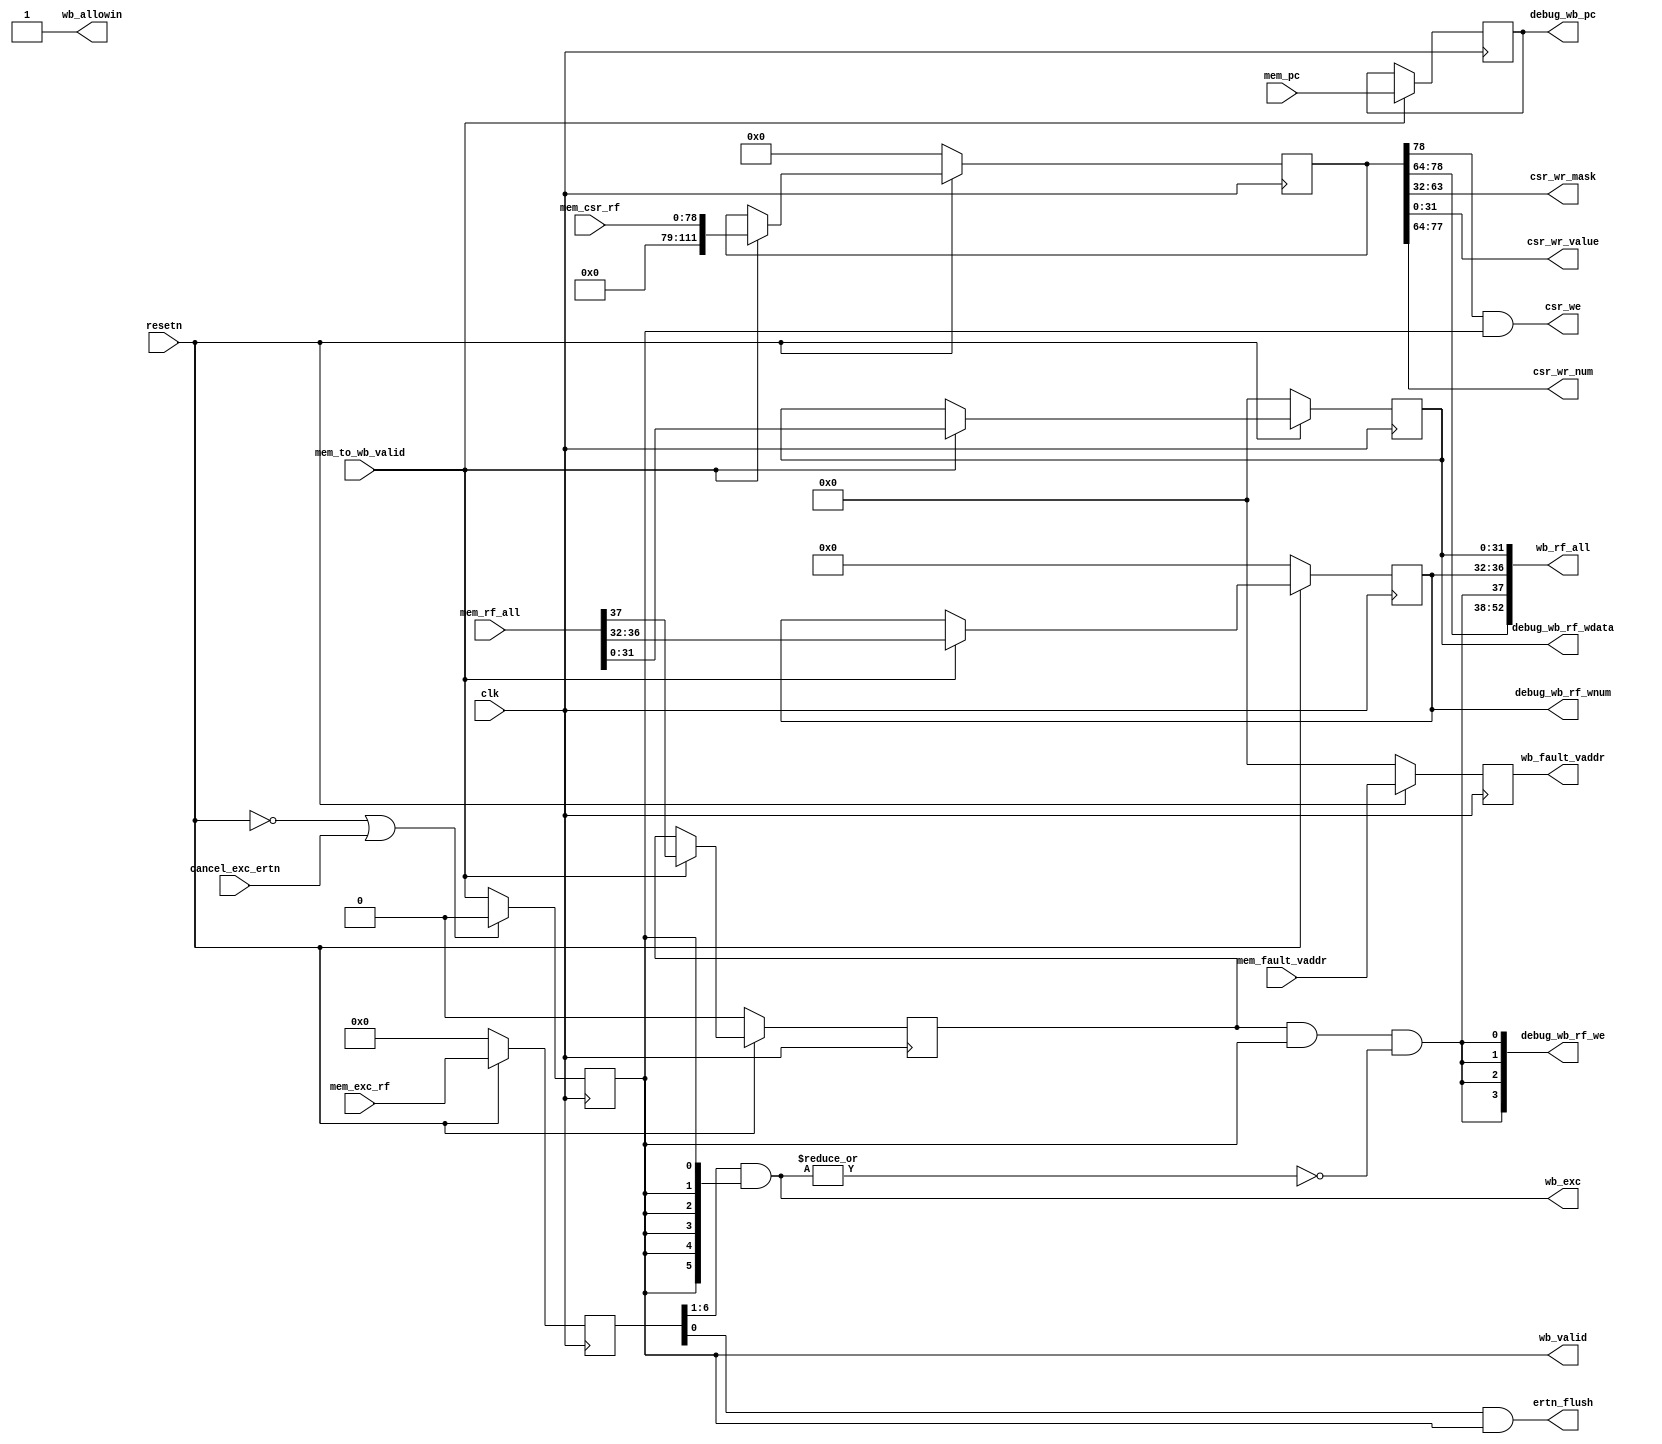
module WBstate(
    input              clk,
    input              resetn,
    output reg         wb_valid,
    // memstate <-> wbstate
    output             wb_allowin,
    input       [52:0] mem_rf_all, // {mem_rf_we, mem_rf_waddr, mem_rf_wdata_reg}
    input              mem_to_wb_valid,
    input       [31:0] mem_pc,    
    // debug info
    output      [31:0] debug_wb_pc,
    output      [ 3:0] debug_wb_rf_we,
    output      [ 4:0] debug_wb_rf_wnum,
    output      [31:0] debug_wb_rf_wdata,
    // idstate <-> wbstate
    output      [52:0] wb_rf_all,// {rf_we, rf_waddr, rf_wdata_reg}
    input              cancel_exc_ertn,//canceled by exception or ereturn
    input       [78:0] mem_csr_rf,//{csr_wr,csr_wr_num,csr_mask,csr_wr_value}
    input       [6 :0] mem_exc_rf,//{syscall,ertn}
    input       [31:0] mem_fault_vaddr,
    output      [31:0] csr_wr_mask,
    output      [31:0] csr_wr_value,
    output      [13:0] csr_wr_num,
    output             csr_we,
    output      [5 :0] wb_exc,//for extension
    output             ertn_flush,
    output      [31:0] wb_fault_vaddr
);
    wire        wb_ready_go;
    wire [31:0] rf_wdata;
    // reg         wb_valid;
    
    reg  [31:0] wb_pc;
    reg  [31:0] rf_wdata_reg;
    reg  [4 :0] rf_waddr;
    reg         rf_we;
    reg [111:0] wb_csr_rf_reg;
    reg  [6 :0] wb_exc_rf_reg;
    reg  [31:0] fault_vaddr_reg;
    wire        wb_csr_wr;
    wire        truly_we;
    /* valid signals */
    assign wb_ready_go = 1'b1;
    assign wb_allowin  = ~wb_valid | wb_ready_go | cancel_exc_ertn;     
    always @(posedge clk) begin
        if(~resetn | cancel_exc_ertn)
            wb_valid <= 1'b0;
        else
            wb_valid <= mem_to_wb_valid & wb_allowin; 
    end

    /*  memstate <-> wbstate */
    always @(posedge clk) begin
        if(mem_to_wb_valid)
            wb_pc <= mem_pc;
    end
    always @(posedge clk) begin
        if(~resetn)
            {rf_we, rf_waddr, rf_wdata_reg} <= 38'd0;
        else if(mem_to_wb_valid)
            {rf_we, rf_waddr, rf_wdata_reg} <= mem_rf_all;
    end

    always @(posedge clk) begin
        if(~resetn)
            wb_csr_rf_reg <= 109'b0;
        else if(mem_to_wb_valid)
            wb_csr_rf_reg <= mem_csr_rf;
    end

    always @(posedge clk) begin
        if(~resetn)
            wb_exc_rf_reg <= 7'b0;
        else//revise because bug in pipe line, alu result was sent to sram without reg,if exc, it takes two cycles to arrive in mem,make it error
            wb_exc_rf_reg <= mem_exc_rf;
    end

    always @(posedge clk ) begin
        if(~resetn)
            fault_vaddr_reg <= 32'b0;
        else//revise because bug in pipe line, alu result was sent to sram without reg,if exc, it takes two cycles to arrive in mem,make it error
            fault_vaddr_reg <= mem_fault_vaddr;
    end

    assign truly_we = rf_we & wb_valid & ~|wb_exc;

    assign wb_rf_all  = {wb_csr_wr,csr_wr_num,truly_we, rf_waddr, rf_wdata};
    assign {wb_csr_wr,csr_wr_num,csr_wr_mask,csr_wr_value} = wb_csr_rf_reg;
    assign rf_wdata   = rf_wdata_reg;
    assign wb_exc     = wb_exc_rf_reg[6:1] & {6{wb_valid}};
    assign ertn_flush = wb_exc_rf_reg[0] & wb_valid;
    assign wb_fault_vaddr = fault_vaddr_reg;
    /* debug info */
    assign debug_wb_pc       = wb_pc;
    assign debug_wb_rf_wdata = rf_wdata;
    assign debug_wb_rf_we    = {4{truly_we}};
    assign debug_wb_rf_wnum  = rf_waddr;

    assign csr_we            = wb_csr_wr & wb_valid;
endmodule